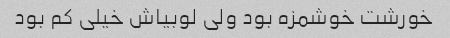
خورشت خوشمزه بود ولی لوبیاش خیلی کم بود